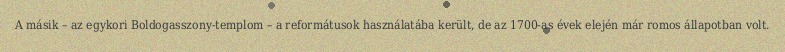
A másik – az egykori Boldogasszony-templom – a reformátusok használatába került, de az 1700-as évek elején már romos állapotban volt.